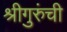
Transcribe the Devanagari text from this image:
श्रीगुरुंची